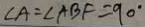
\angle A = \angle A B F = 9 0 ^ { \circ }